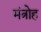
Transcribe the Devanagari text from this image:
मंत्रोह